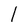
Character: l